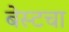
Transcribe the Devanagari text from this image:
बेस्टचा